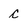
Character: c